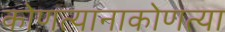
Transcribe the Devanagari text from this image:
कोणत्यानाकोणत्या